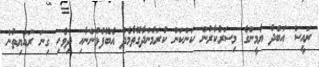
ރައީސް އަބްދު ޔާމީންގެ މިސަރުކާރުން ކަންކަން ކުރަމުންދާގޮތާމެދު އެބޭފުޅުންނާއި ދިވެހި ގިނަ ރައްޔިތުން